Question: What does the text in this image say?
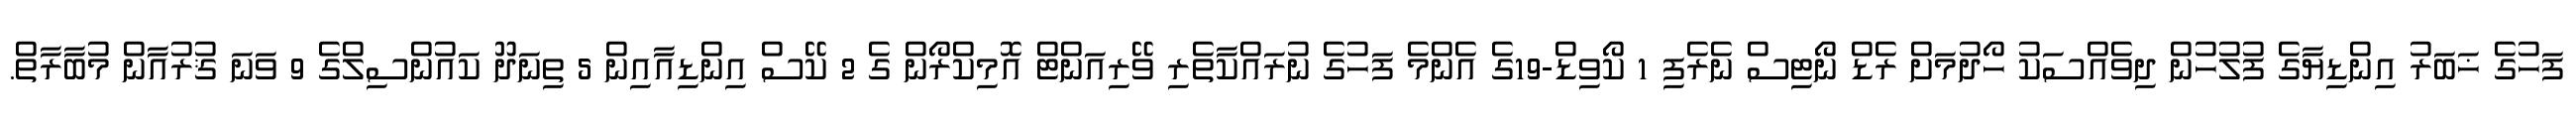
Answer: ފަހުގެ ޚަބަރު އިންޑިޔާގެ ފުލުހުން ދިވެއްސަކު ހޯދުމަށް ރެޑް ނޯޓިސް ނެރެފި 1 ކޯވިޑް-19ގެ އެންމެ ފަހުގެ ނުރައްކާތެރި ވޭރިއަންޓް އޮމިކްރޯން ގެ 2 ކޭސް އިންޑިއާއިން 5 ތިނަދޫ ކައުންސިލްގެ 9 ވަނަ ޤުރުއާން މުބާރާތް.